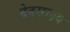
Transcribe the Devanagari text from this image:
देवसाक्ष्य